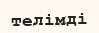
телімді